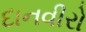
દાનવીરો